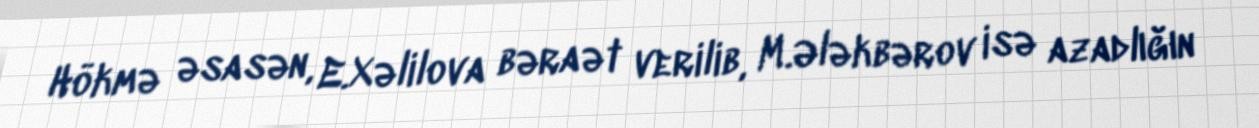
Hökmə əsasən, E.Xəlilova bəraət verilib, M.Ələkbərov isə azadlığın